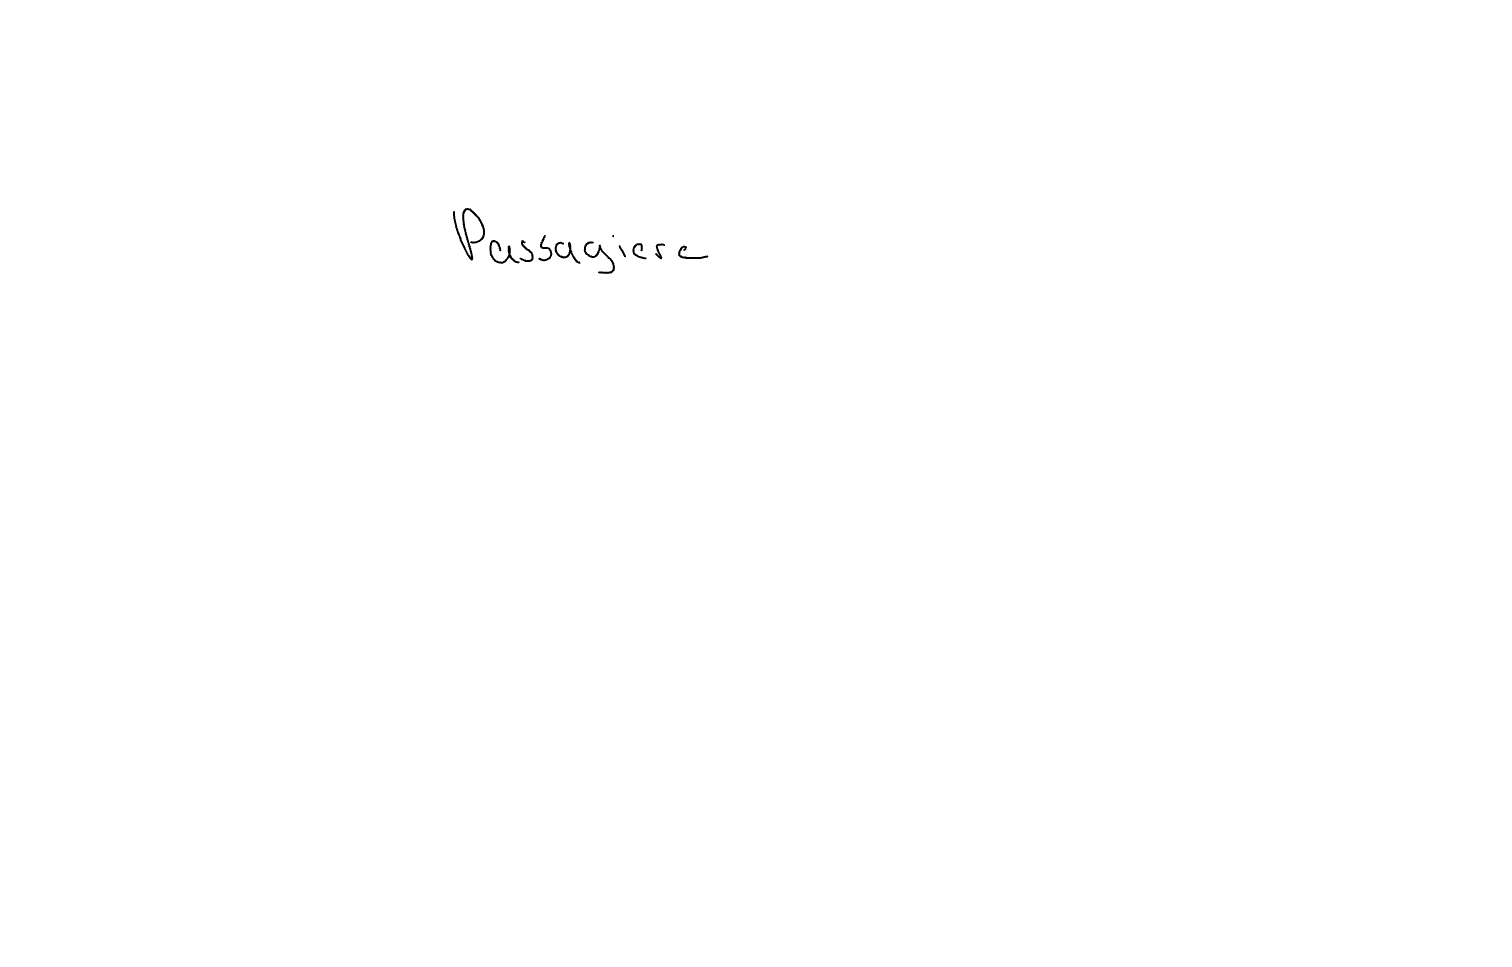
Text: Passagiere